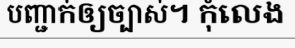
បញ្ជាក់ឲ្យច្បាស់។ កុំលេង